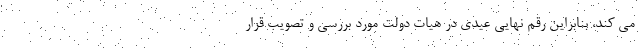
می کند، بنابراین رقم نهایی عیدی در هیات دولت مورد بررسی و تصویب قرار